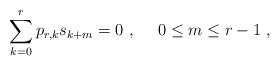
LaTeX: \begin{align*} \sum_{k=0}^{r} p_{r, k} s_{k +m} = 0 \ , \ \ \ \ 0 \leq m \leq r-1 \ ,\end{align*}